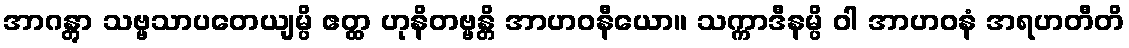
အာဂန္တွာ သဗ္ဗသာပတေယျမ္ပိ ဧတ္ထ ဟုနိတဗ္ဗန္တိ အာဟဝနီယော။ သက္ကာဒီနမ္ပိ ဝါ အာဟဝနံ အရဟတီတိ